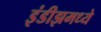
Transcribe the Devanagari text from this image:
इंडीझमध्ये